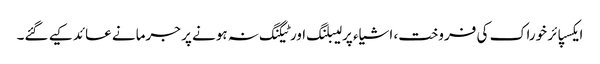
ایکسپائر خوراک کی فروخت، اشیاء پر لیبلنگ اور ٹیگنگ نہ ہونے پر جرمانے عائد کیے گئے۔